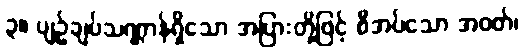
၃။ ပျဉ်ချပ်သဏ္ဌာန်ရှိသော အပြားတို့ဖြင့် စီအပ်သော အဝတ်၊